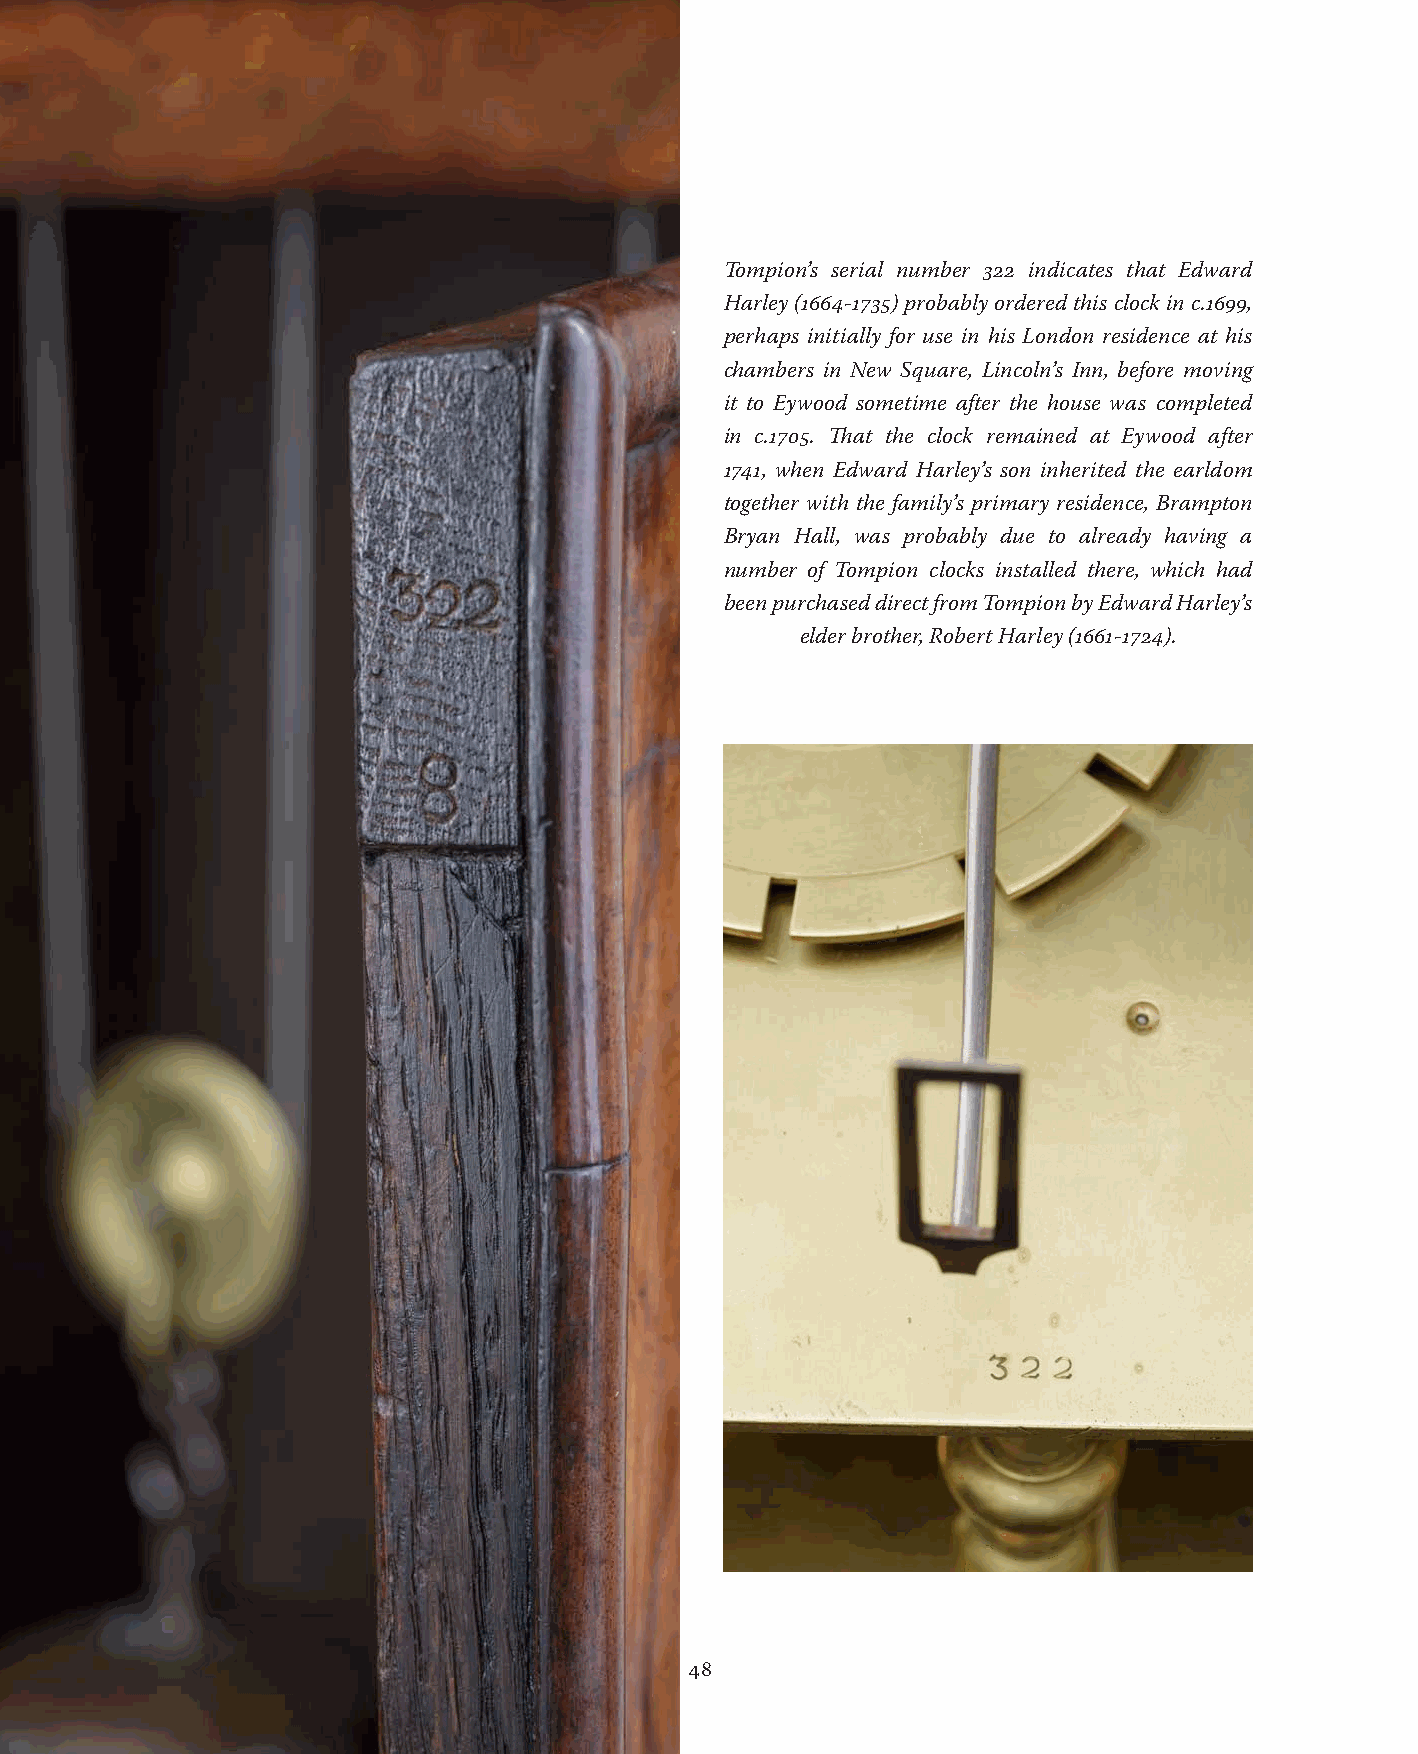
Tompion’s serial number 322 indicates that Edward
 Harley (1664-1735) probably ordered this clock in c.1699,
 perhaps initially for use in his London residence at his
 chambers in New Square, Lincoln’s Inn, before moving
 it to Eywood sometime after the house was completed
 in c.1705. That the clock remained at Eywood after
 1741, when Edward Harley’s son inherited the earldom
 together with the family’s primary residence, Brampton
 Bryan Hall, was probably due to already having a
 number of Tompion clocks installed there, which had
 been purchased direct from Tompion by Edward Harley’s
 elder brother, Robert Harley (1661-1724).
 48